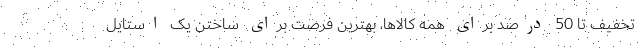
تخفیف تا 50 درصد برای همه کالاها، بهترین فرصت برای ساختن یک استایل